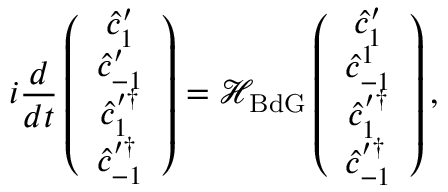
i \frac { d } { d t } \left( \begin{array} { c } { \hat { c } _ { 1 } ^ { \prime } } \\ { \hat { c } _ { - 1 } ^ { \prime } } \\ { \hat { c } _ { 1 } ^ { \prime \dagger } } \\ { \hat { c } _ { - 1 } ^ { \prime \dagger } } \end{array} \right) = \mathcal { H } _ { \mathrm { B d G } } \left( \begin{array} { c } { \hat { c } _ { 1 } ^ { \prime } } \\ { \hat { c } _ { - 1 } ^ { 1 } } \\ { \hat { c } _ { 1 } ^ { \prime \dagger } } \\ { \hat { c } _ { - 1 } ^ { \prime \dagger } } \end{array} \right) ,